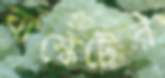
বাস্কেটের